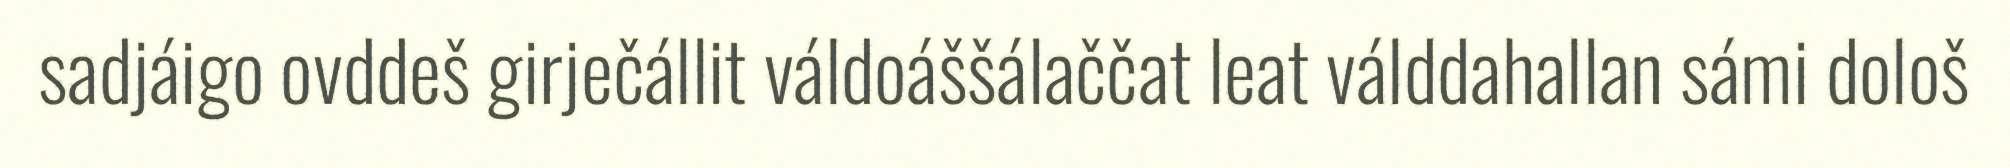
sadjáigo ovddeš girječállit váldoáššálaččat leat válddahallan sámi dološ